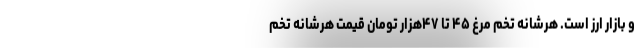
و بازار ارز است. هرشانه تخم مرغ ۴۵ تا ۴۷هزار تومان قیمت هرشانه تخم